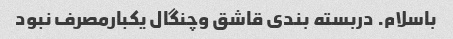
باسلام. دربسته بندی قاشق وچنگال یکبارمصرف نبود